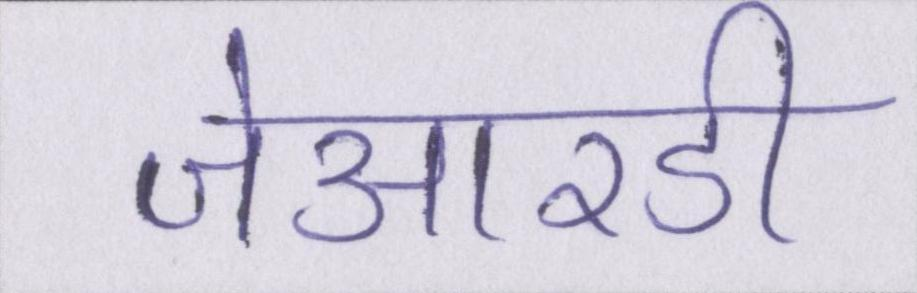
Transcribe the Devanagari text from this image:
जेआरडी